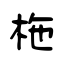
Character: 柂